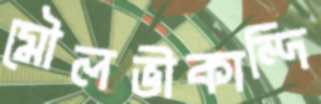
মৌলভীকান্দি